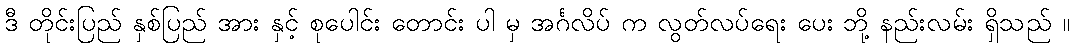
ဒီ တိုင်းပြည် နှစ်ပြည် အား နှင့် စုပေါင်း တောင်း ပါ မှ အင်္ဂလိပ် က လွတ်လပ်ရေး ပေး ဘို့ နည်းလမ်း ရှိသည် ။